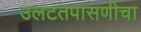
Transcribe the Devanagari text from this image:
उलटतपासणीचा